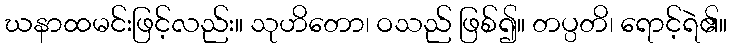
ဃနာထမင်းဖြင့်လည်း။ သုဟိတော၊ ဝသည် ဖြစ်၍။ တပ္ပတိ၊ ရောင့်ရဲ၏။